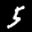
Label: 5